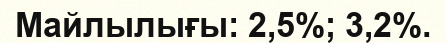
Майлылығы: 2,5%; 3,2%.